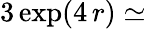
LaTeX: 3\exp(4\, r)\simeq